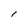
Character: l